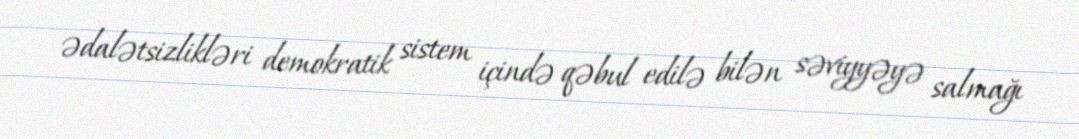
ədalətsizlikləri demokratik sistem içində qəbul edilə bilən səviyyəyə salmağı